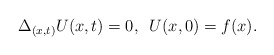
\begin{align*} \Delta_{(x,t)} U(x,t)=0, \,\,\,U(x,0)=f(x). \end{align*}